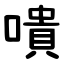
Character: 嘳